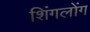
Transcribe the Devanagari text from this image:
शिंगलोंग